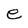
Character: e